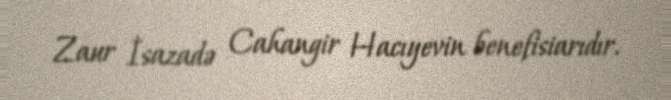
Zaur İsazadə Cahangir Hacıyevin benefisiarıdır.